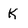
Character: K